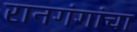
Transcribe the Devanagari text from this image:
रानगंगांचा